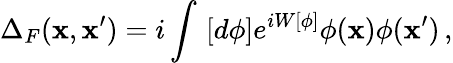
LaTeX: \Delta_{F}(\mathbf{x},\mathbf{x}^{\prime})=i\int\, \left[d\phi\right]e^{iW[\phi]}\phi(\mathbf{x})\phi(\mathbf{x}^{\prime})\, ,